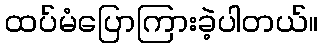
ထပ်မံပြောကြားခဲ့ပါတယ်။